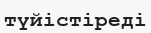
түйістіреді